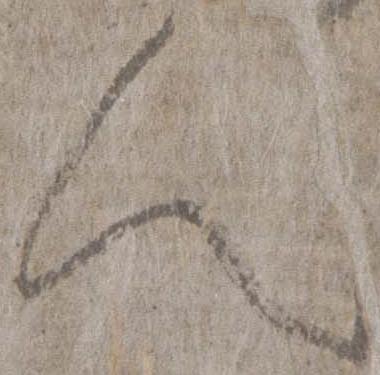
人